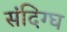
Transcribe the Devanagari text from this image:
संदिग्घ